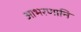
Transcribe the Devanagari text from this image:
आभरणानि